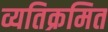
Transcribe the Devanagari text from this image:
व्यतिक्रमित